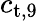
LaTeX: c_{\textup{t},9}